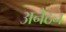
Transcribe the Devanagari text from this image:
अनैठन